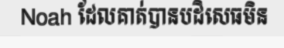
Noah ដែលគាត់បានបដិសេធមិន